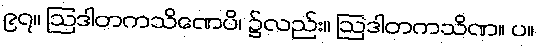
၉၇။ ဩဒါတကသိဏေပိ၊ ၌လည်း။ ဩဒါတကသိဏ။ ပ။